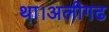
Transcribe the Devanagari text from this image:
था।अलीगढ